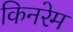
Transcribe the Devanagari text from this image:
किनरेम